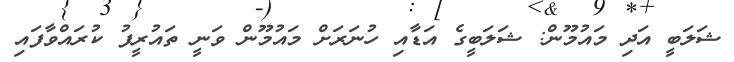
ޝަލަބީ އަދި މައުމޫން: ޝަލަބީގެ އަޑާއި ހުނަރަށް މައުމޫން ވަނީ ތައުރީފު ކުރައްވާފައި